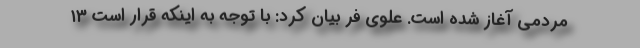
مردمی آغاز شده است. علوی فر بیان کرد: با توجه به اینکه قرار است ۱۳